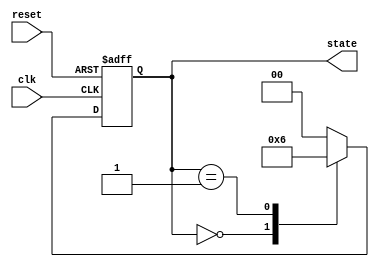
module timer_example (
    input wire clk,               // Clock input
    input wire reset,             // Asynchronous reset
    output reg [1:0] state       // 2-bit state output
);

    // State encoding
    localparam STATE_0 = 2'b00;
    localparam STATE_1 = 2'b01;
    localparam STATE_2 = 2'b10;

    // Initial state
    initial begin
        state = STATE_0;
    end

    // Always block that triggers on the clock edge
    always @(posedge clk or posedge reset) begin
        if (reset) begin
            state <= STATE_0; // Reset to initial state
        end else begin
            // Transition to the next state after a timer event
            case (state)
                STATE_0: begin
                    // Wait for 10 time units before transitioning
                    #10 state <= STATE_1; // Transition to STATE_1 after 10 time units
                end
                STATE_1: begin
                    // Wait for 15 time units before transitioning
                    #15 state <= STATE_2; // Transition to STATE_2 after 15 time units
                end
                STATE_2: begin
                    // Wait for 20 time units before transitioning back to STATE_0
                    #20 state <= STATE_0; // Transition back to STATE_0 after 20 time units
                end
                default: state <= STATE_0; // Default case
            endcase
        end
    end

endmodule